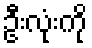
ဦးလုံးကို